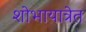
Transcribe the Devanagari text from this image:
शोभायात्रेत